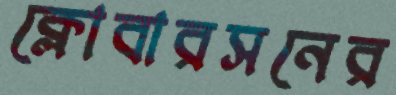
ক্লোবারসনের